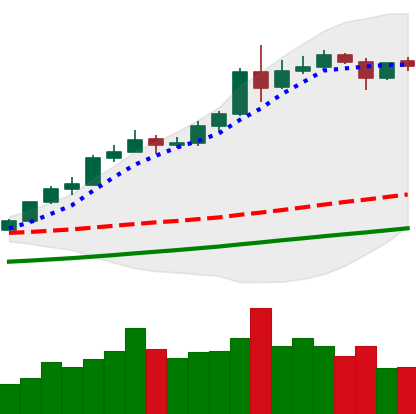
Ticker: ETH-USD
Chart end date: 2020-08-09
Forward return: 11.832%
Label: up_7plus